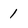
Character: 1